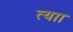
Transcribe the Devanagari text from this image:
त्याा